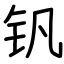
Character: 钒